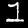
Label: 1